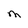
Character: M